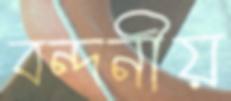
বন্দনীয়